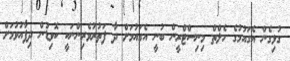
ގުޅިގެން އެގައުމުގެ ހެލްތް މިނިސްޓްރީން ބުނީ އެގައުމަށް ދާ ފަތުރުވެރިންނަކީ ކޮވިޑުން ދިފާއުވުމަށް